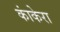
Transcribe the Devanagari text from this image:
कांकेरा